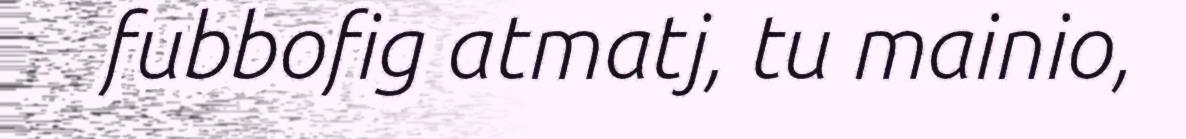
fubbofig atmatj, tu mainio,